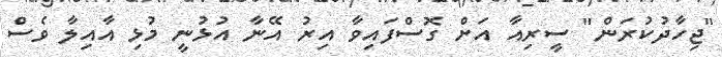
"ޖިހާދުކުރަން" ސީރިއާ އަށް ގޮސްފައިވާ އިރު އޭނާ އުުޅުނީ މުޅި އާއިލާ ވެސް